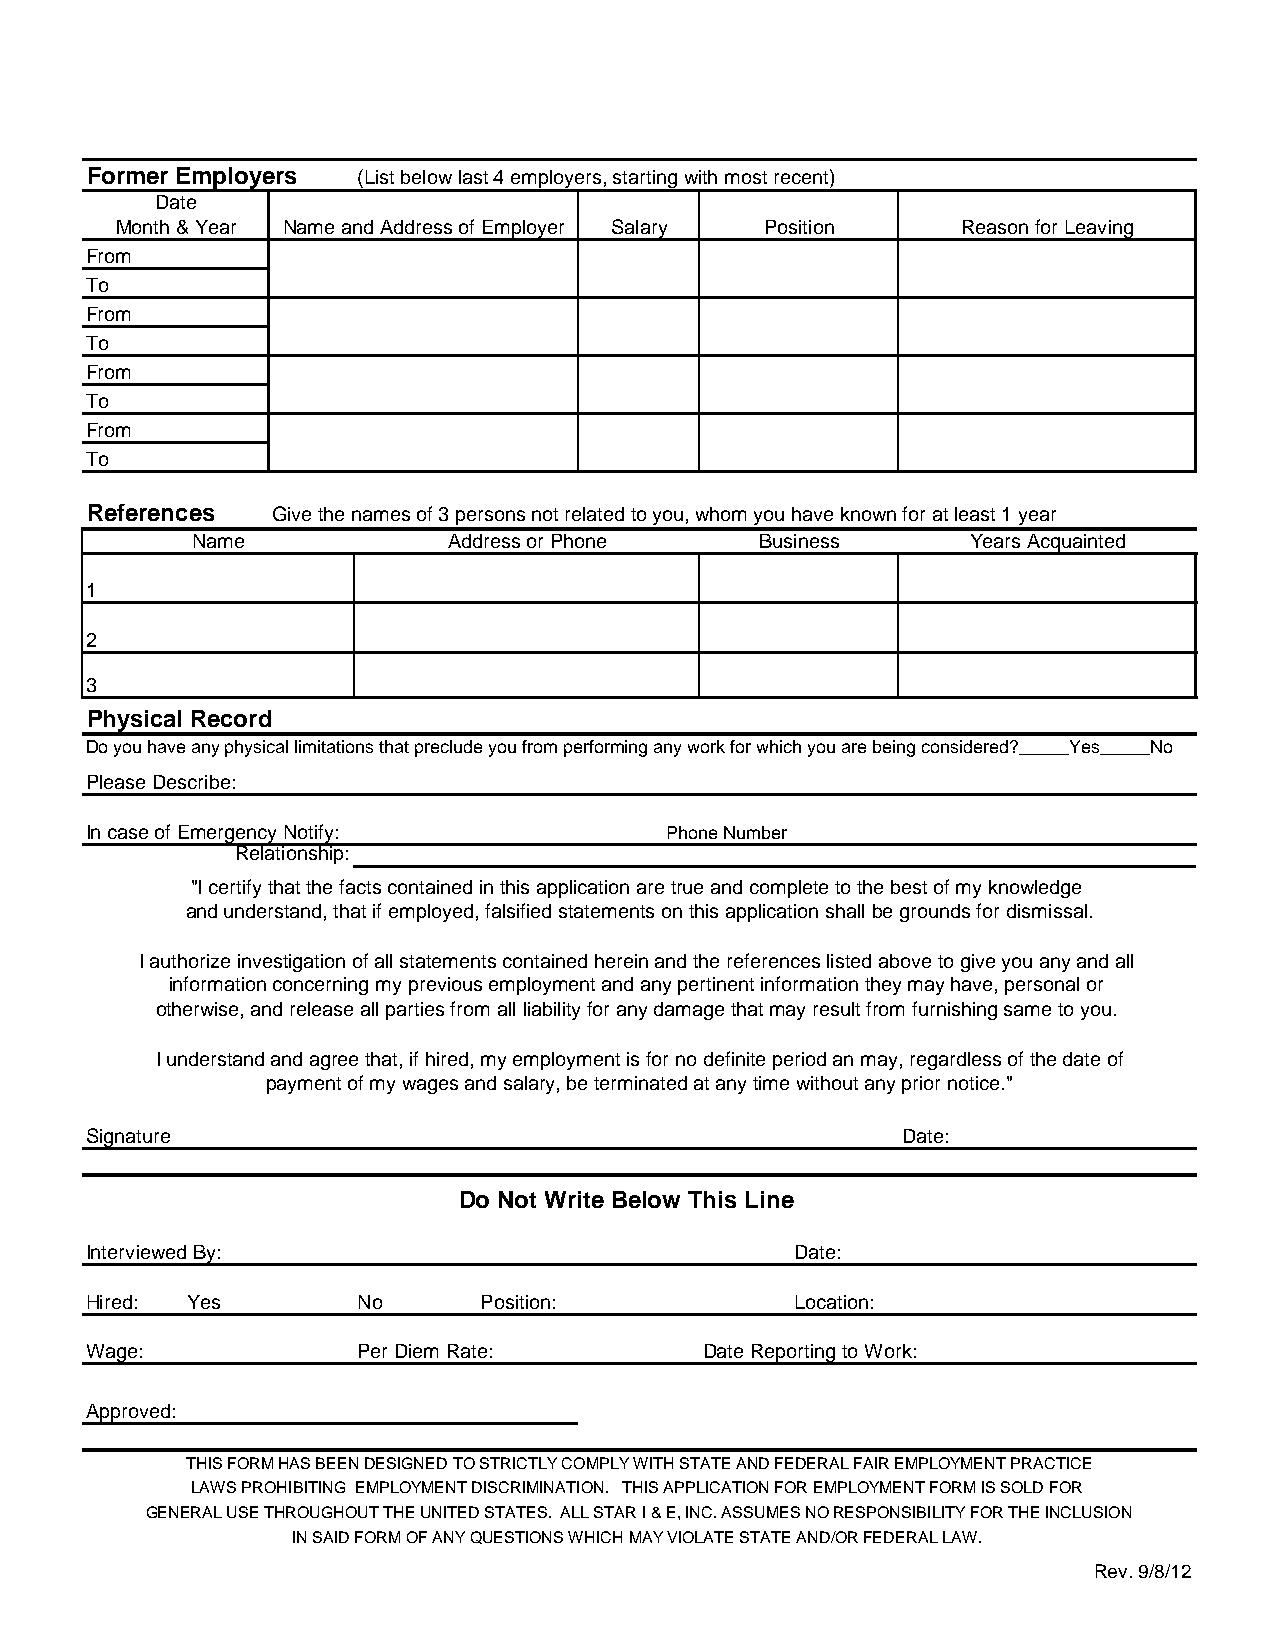
Former Employers  (List below last 4 employers, starting with most recent)
 Date
 Month & Year Name and Address of Employer Salary Position Reason for Leaving
 From
 To
 From
 To
 From
 To
 From
 To
 References  Give the names of 3 persons not related to you, whom you have known for at least 1 year
 Name             Address or Phone    Business      Years Acquainted
 1
 2
 3
 Physical Record
 Do you have any physical limitations that preclude you from performing any work for which you are being considered?_____Yes_____No
 Please Describe:
 In case of Emergency Notify:          Phone Number
 Relationship:
 "I certify that the facts contained in this application are true and complete to the best of my knowledge
 and understand, that if employed, falsified statements on this application shall be grounds for dismissal.
 I authorize investigation of all statements contained herein and the references listed above to give you any and all
 information concerning my previous employment and any pertinent information they may have, personal or
 otherwise, and release all parties from all liability for any damage that may result from furnishing same to you.
 I understand and agree that, if hired, my employment is for no definite period an may, regardless of the date of
 payment of my wages and salary, be terminated at any time without any prior notice."
 Signature                                             Date:
 Do Not Write Below This Line
 Interviewed By:                                Date:
 Hired: Yes        No      Position:            Location:
 Wage:             Per Diem Rate:         Date Reporting to Work:
 Approved:
 THIS FORM HAS BEEN DESIGNED TO STRICTLY COMPLY WITH STATE AND FEDERAL FAIR EMPLOYMENT PRACTICE
 LAWS PROHIBITING EMPLOYMENT DISCRIMINATION. THIS APPLICATION FOR EMPLOYMENT FORM IS SOLD FOR
 GENERAL USE THROUGHOUT THE UNITED STATES. ALL STAR I & E, INC. ASSUMES NO RESPONSIBILITY FOR THE INCLUSION
 IN SAID FORM OF ANY QUESTIONS WHICH MAY VIOLATE STATE AND/OR FEDERAL LAW.
 Rev. 9/8/12